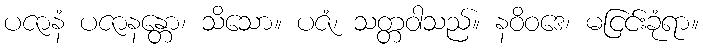
ပဇာနံ ပဇာနန္တော၊ သိသော။ ပဇံ၊ သတ္တဝါသည်။ နဝိဝဒေ၊ မငြင်းခုံရာ။